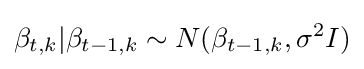
\beta _{t,k}|\beta _{t-1,k}\sim N(\beta _{t-1,k},\sigma ^{2}I)